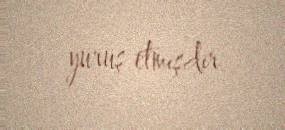
yürüş etmişdir.